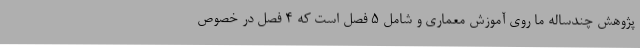
پژوهش چندساله ما روی آموزش معماری و شامل 5 فصل است که 4 فصل در خصوص